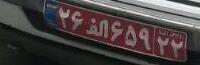
۲۶ا۶۵۹۲۲